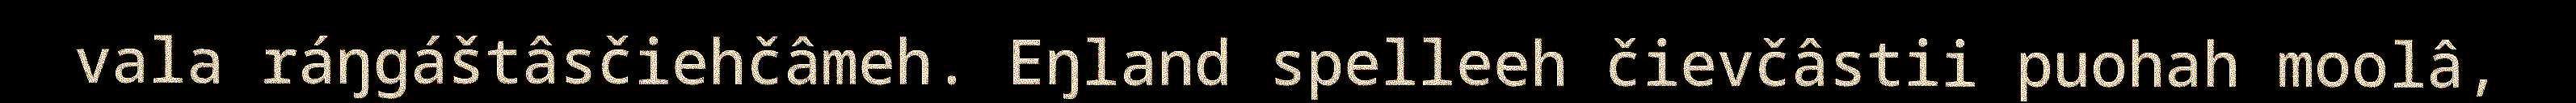
vala ráŋgáštâsčiehčâmeh. Eŋland spelleeh čievčâstii puohah moolâ,